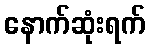
နောက်ဆုံးရက်